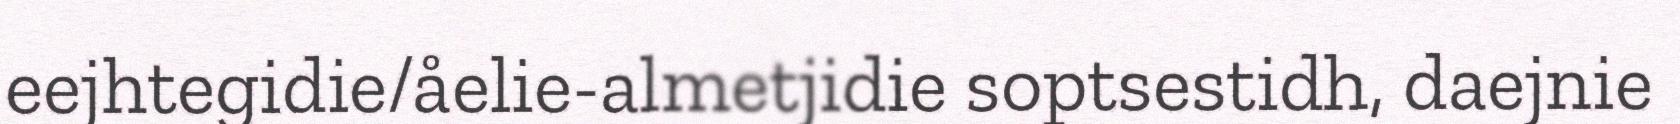
eejhtegidie/åelie-almetjidie soptsestidh, daejnie